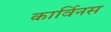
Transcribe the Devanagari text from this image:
कार्विनस